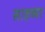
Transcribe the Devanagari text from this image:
साहव्या